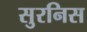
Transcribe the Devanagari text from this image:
सुरनिस